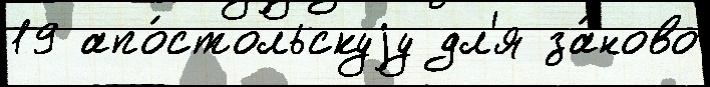
19 апо́стольскуjу дл'я за́ново